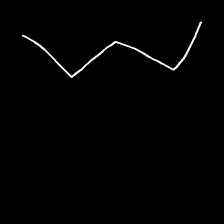
Glyph: crush